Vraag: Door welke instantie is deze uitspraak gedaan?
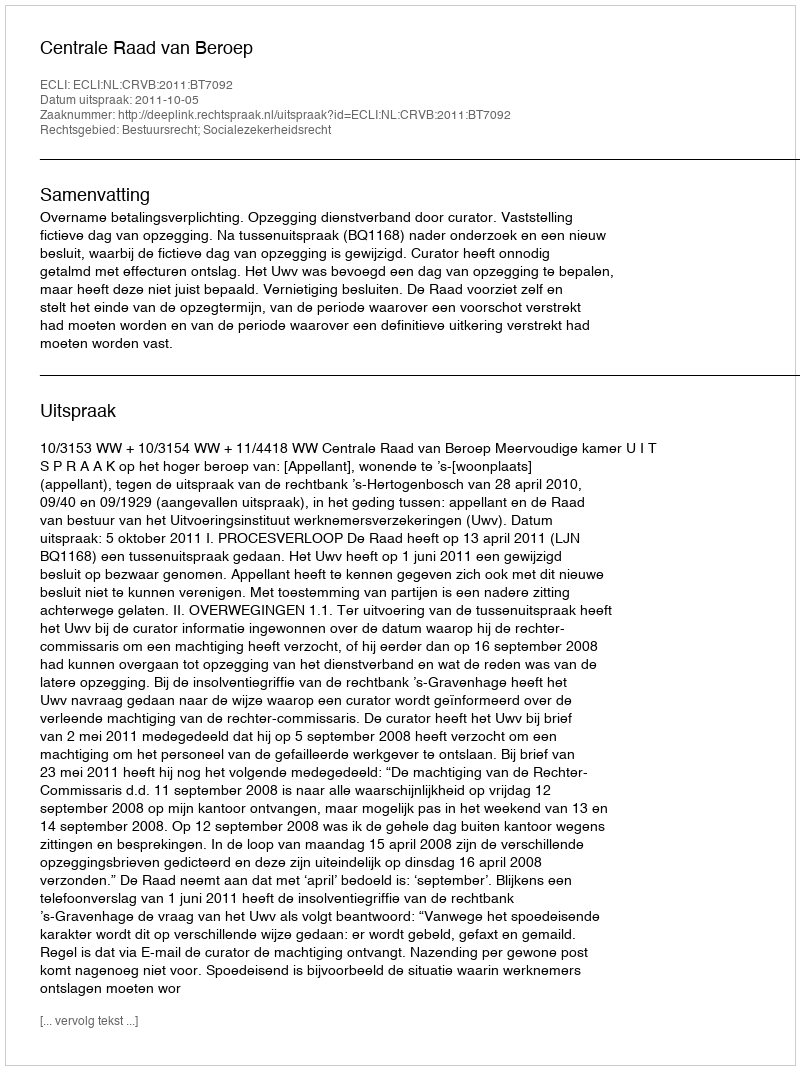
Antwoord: Centrale Raad van Beroep